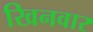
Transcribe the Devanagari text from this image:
खिनवार